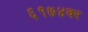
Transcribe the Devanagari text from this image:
६१७४वर